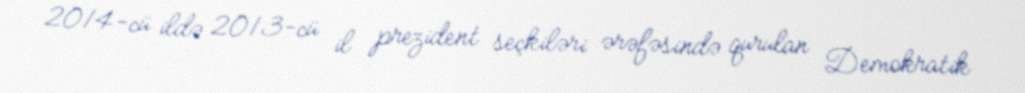
2014-cü ildə 2013-cü il prezident seçkiləri ərəfəsində qurulan Demokratik